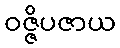
ဝဇ္ဇိပဇာယ